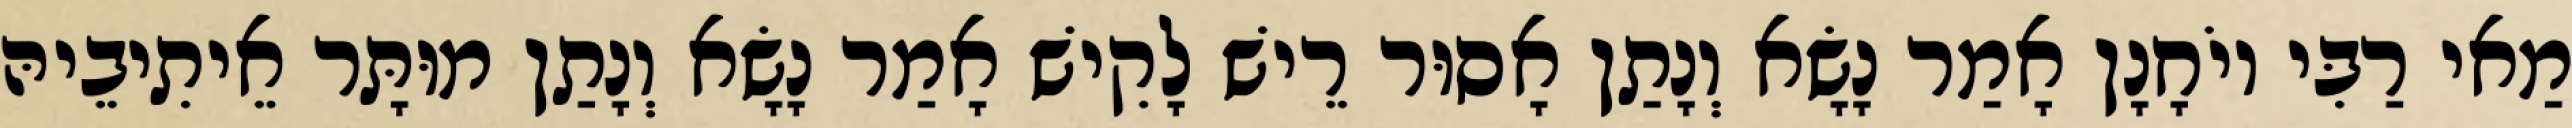
מַאי רַבִּי יוֹחָנָן אָמַר נָשָׂא וְנָתַן אָסוּר רֵישׁ לָקִישׁ אָמַר נָשָׂא וְנָתַן מוּתָּר אֵיתִיבֵיהּ